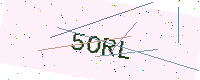
Text: 5ORL